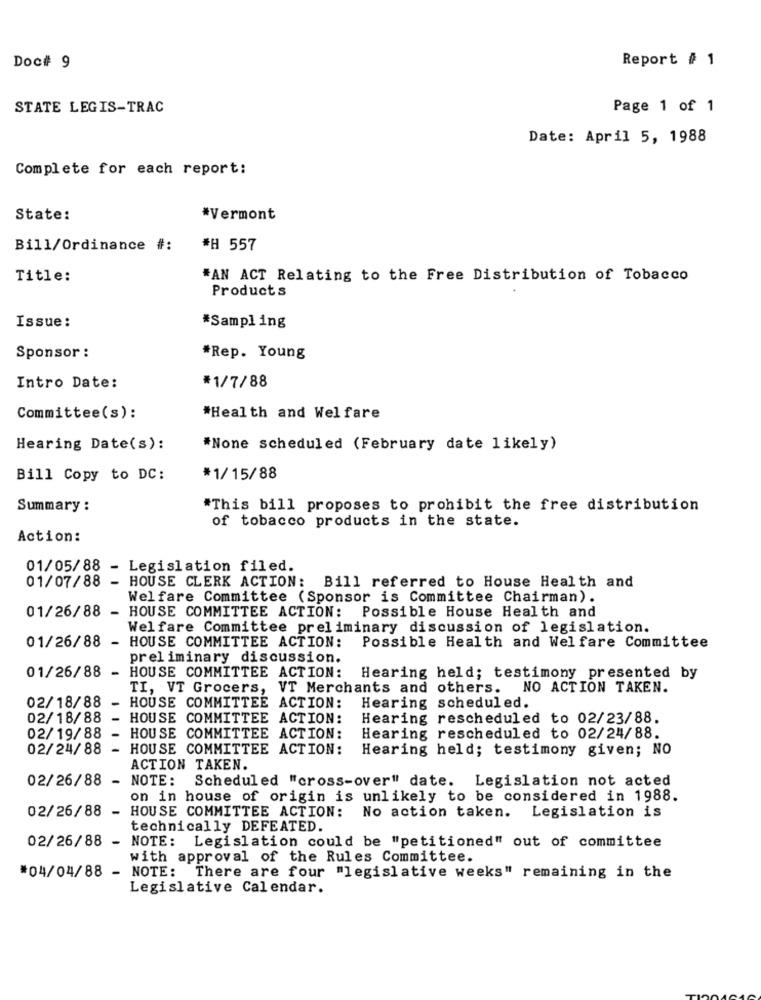
Report # 1
Doc# 9
STATE LEGIS-TRAC
Page 1 of 1
Date: April 5, 1988
Complete for each report:
State:
*Vermont
Bill/Ordinance #:
## 557
Title:
*AN ACT Relating to the Free Distribution of Tobacco
Products
Issue:
*Sampling
Sponsor :
*Rep. Young
Intro Date:
*1/7/88
Committee(s):
*Health and Welfare
Hearing Date(s):
*None scheduled (February date likely)
Bill Copy to DC:
*1/15/88
Summary :
*This bill proposes to prohibit the free distribution
of tobacco products in the state.
Action:
01/05/88
- Legislation filed.
01/07/88 - HOUSE CLERK ACTION: Bill referred to House Health and
Welfare Committee (Sponsor is Committee Chairman).
01/26/88 - HOUSE COMMITTEE ACTION:
Possible House Health and
Welfare Committee preliminary discussion of legislation.
HOUSE COMMITTEE ACTION:
01/26/88 -
Possible Health and Welfare Committee
preliminary discussion.
HOUSE COMMITTEE ACTION:
01/26/88 -
Hearing held; testimony presented by
TI, VT Grocers, VT Merchants and others. NO ACTION TAKEN.
02/18/88
- HOUSE COMMITTEE ACTION: Hearing scheduled.
02/18/88 -
HOUSE COMMITTEE ACTION:
Hearing rescheduled to 02/23/88.
02/19/88 - HOUSE COMMITTEE ACTION:
Hearing rescheduled to 02/24/88.
02/24/88 - HOUSE COMMITTEE ACTION:
Hearing held; testimony given; NO
ACTION TAKEN.
02/26/88
- NOTE: Scheduled "cross-over" date. Legislation not acted
on in house of origin is unlikely to be considered in 1988.
02/26/88 -
HOUSE COMMITTEE ACTION: No action taken. Legislation is
technically DEFEATED.
02/26/88 -
NOTE: Legislation could be "petitioned" out of committee
with approval of the Rules Committee.
#04/04/88 - NOTE: There are four "legislative weeks" remaining in the
Legislative Calendar.